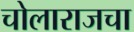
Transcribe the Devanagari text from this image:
चोलाराजचा